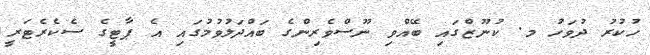
ހުކުރު ދުވަހު މ. ކުނޫޒްގައި ބޭއްވި ނޫސްވެރިންގެ ބައްދަލުވުމުގައި އެ ޕާޓީގެ ސެކެރެޓަރީ